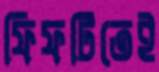
ফিফটিতেই